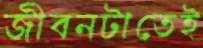
জীবনটাতেই